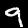
Digit: 9